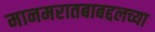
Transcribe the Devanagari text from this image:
मानमरातबाबद्दलच्या